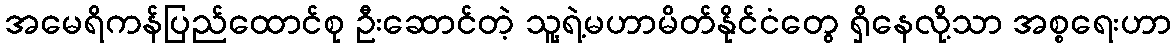
အမေရိကန်ပြည်ထောင်စု ဦးဆောင်တဲ့ သူ့ရဲ့မဟာမိတ်နိုင်ငံတွေ ရှိနေလို့သာ အစ္စရေးဟာ